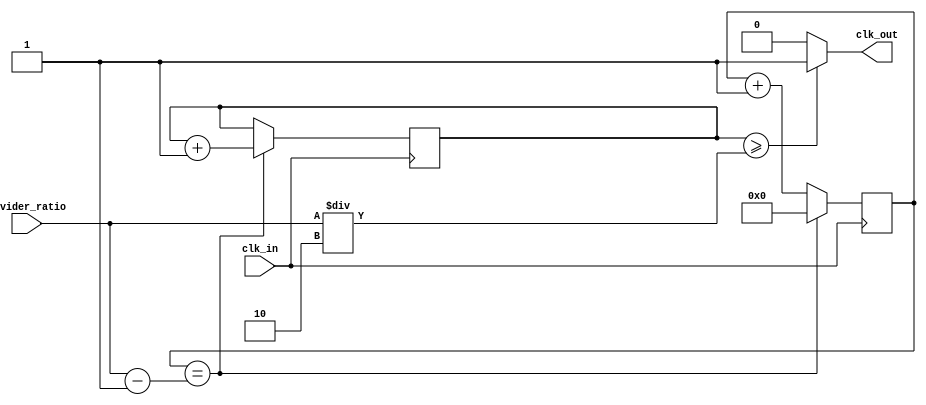
module fractional_clock_divider(
    input wire clk_in,
    input wire [31:0] divider_ratio,
    output wire clk_out
);

reg [31:0] count;
reg [31:0] accumulator;
wire [31:0] next_accumulator;

always @(posedge clk_in) begin
    count <= count + 1;
    if(count == divider_ratio - 1) begin
        count <= 0;
        accumulator <= next_accumulator;
    end
end

assign next_accumulator = accumulator + 1;

assign clk_out = (accumulator >= divider_ratio/2) ? 1 : 0;

endmodule